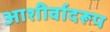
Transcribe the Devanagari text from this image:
आशीर्वादरूप